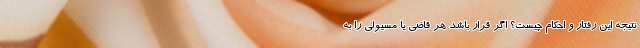
نتیجه این رفتار و احکام چیست؟ اگر قرار باشد هر قاضی یا مسیولی را به